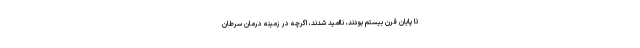
تا پایان قرن بیستم بودند، ناامید شدند، اگرچه در زمینه درمان سرطان